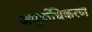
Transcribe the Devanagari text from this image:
अपूर्वाधिकरण